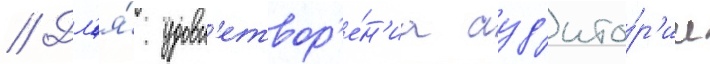
// Дл'я́ удовл'етвор'е́н'иа ауд'ито́р'ии